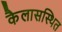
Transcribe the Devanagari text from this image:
कैलासस्थित